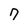
Character: 7